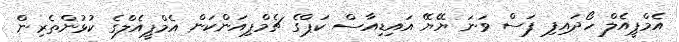
އެމްޕީއެލް ހޯދައިފި ފަސް ވަނަ ޔޭޔޭ އައިޑިއާސް ކަޕްގެ ޗެމްޕިއަންކަން އެމްޕީއެލްގެ ކުޅުންތެރިން